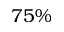
7 5 \%